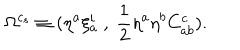
LaTeX: \Omega ^ { c _ { s } } \equiv ( \eta ^ { a } \xi _ { a } ^ { i } ~ , ~ { \frac { 1 } { 2 } } \eta ^ { a } \eta ^ { b } C _ { a b } ^ { c } ) .